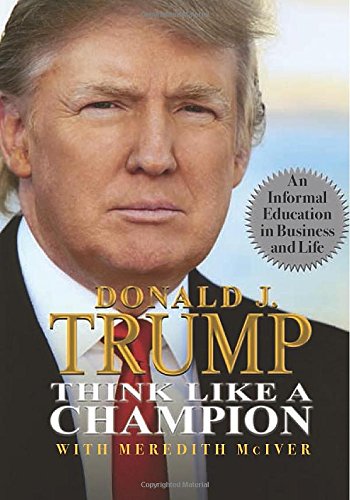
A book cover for Think Like a Champion: An Informal Education in Business and Life; Donald Trump; Literature & Fiction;